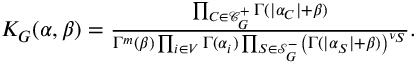
\begin{array} { r } { K _ { G } ( \alpha , \beta ) = \frac { \prod _ { C \in \mathcal { C } _ { G } ^ { + } } \Gamma ( | \alpha _ { C } | + \beta ) } { \Gamma ^ { m } ( \beta ) \prod _ { i \in V } \Gamma ( \alpha _ { i } ) \prod _ { S \in \mathcal { S } _ { G } ^ { - } } \left( \Gamma ( | \alpha _ { S } | + \beta ) \right) ^ { \nu _ { S } } } . } \end{array}